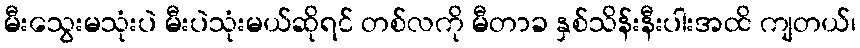
မီးသွေးမသုံးပဲ မီးပဲသုံးမယ်ဆိုရင် တစ်လကို မီတာခ နှစ်သိန်းနီးပါးအထိ ကျတယ်၊